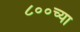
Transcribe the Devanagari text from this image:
८००च्या